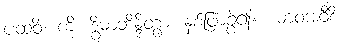
ပထဝိံ၊ ကို။ ဒွိဓာဘိန္ဒိတွာ၊ နှစ်ဖြာခွဲ၍။ ယာဝအဝီစိံ၊